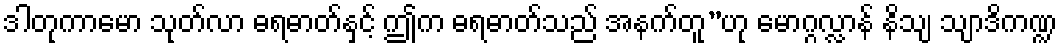
ဒါတုကာမော သုတ်လာ ဓရဓာတ်နှင့် ဤက ဓရဓာတ်သည် အနက်တူ”ဟု မောဂ္ဂလ္လာန် နိသျ သျာဒိကဏ္ဍ